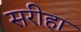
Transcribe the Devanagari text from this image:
सरीहा